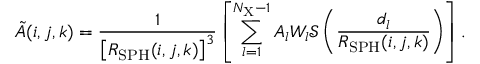
\tilde { A } ( i , j , k ) = \frac { 1 } { \left[ R _ { \mathrm { S P H } } ( i , j , k ) \right] ^ { 3 } } \left[ \sum _ { l = 1 } ^ { N _ { \mathrm { X } } - 1 } A _ { l } W _ { l } \mathcal { S } \left( \frac { d _ { l } } { R _ { \mathrm { S P H } } ( i , j , k ) } \right) \right] .